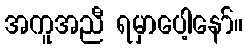
အကူအညီ ရမှာပေါ့နော်။